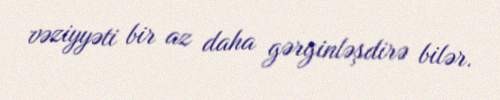
vəziyyəti bir az daha gərginləşdirə bilər.